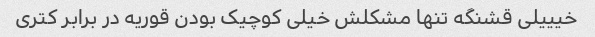
خیییلی قشنگه تنها مشکلش خیلی کوچیک بودن قوریه در برابر کتری